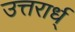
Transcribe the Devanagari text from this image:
उत्तरार्ध्